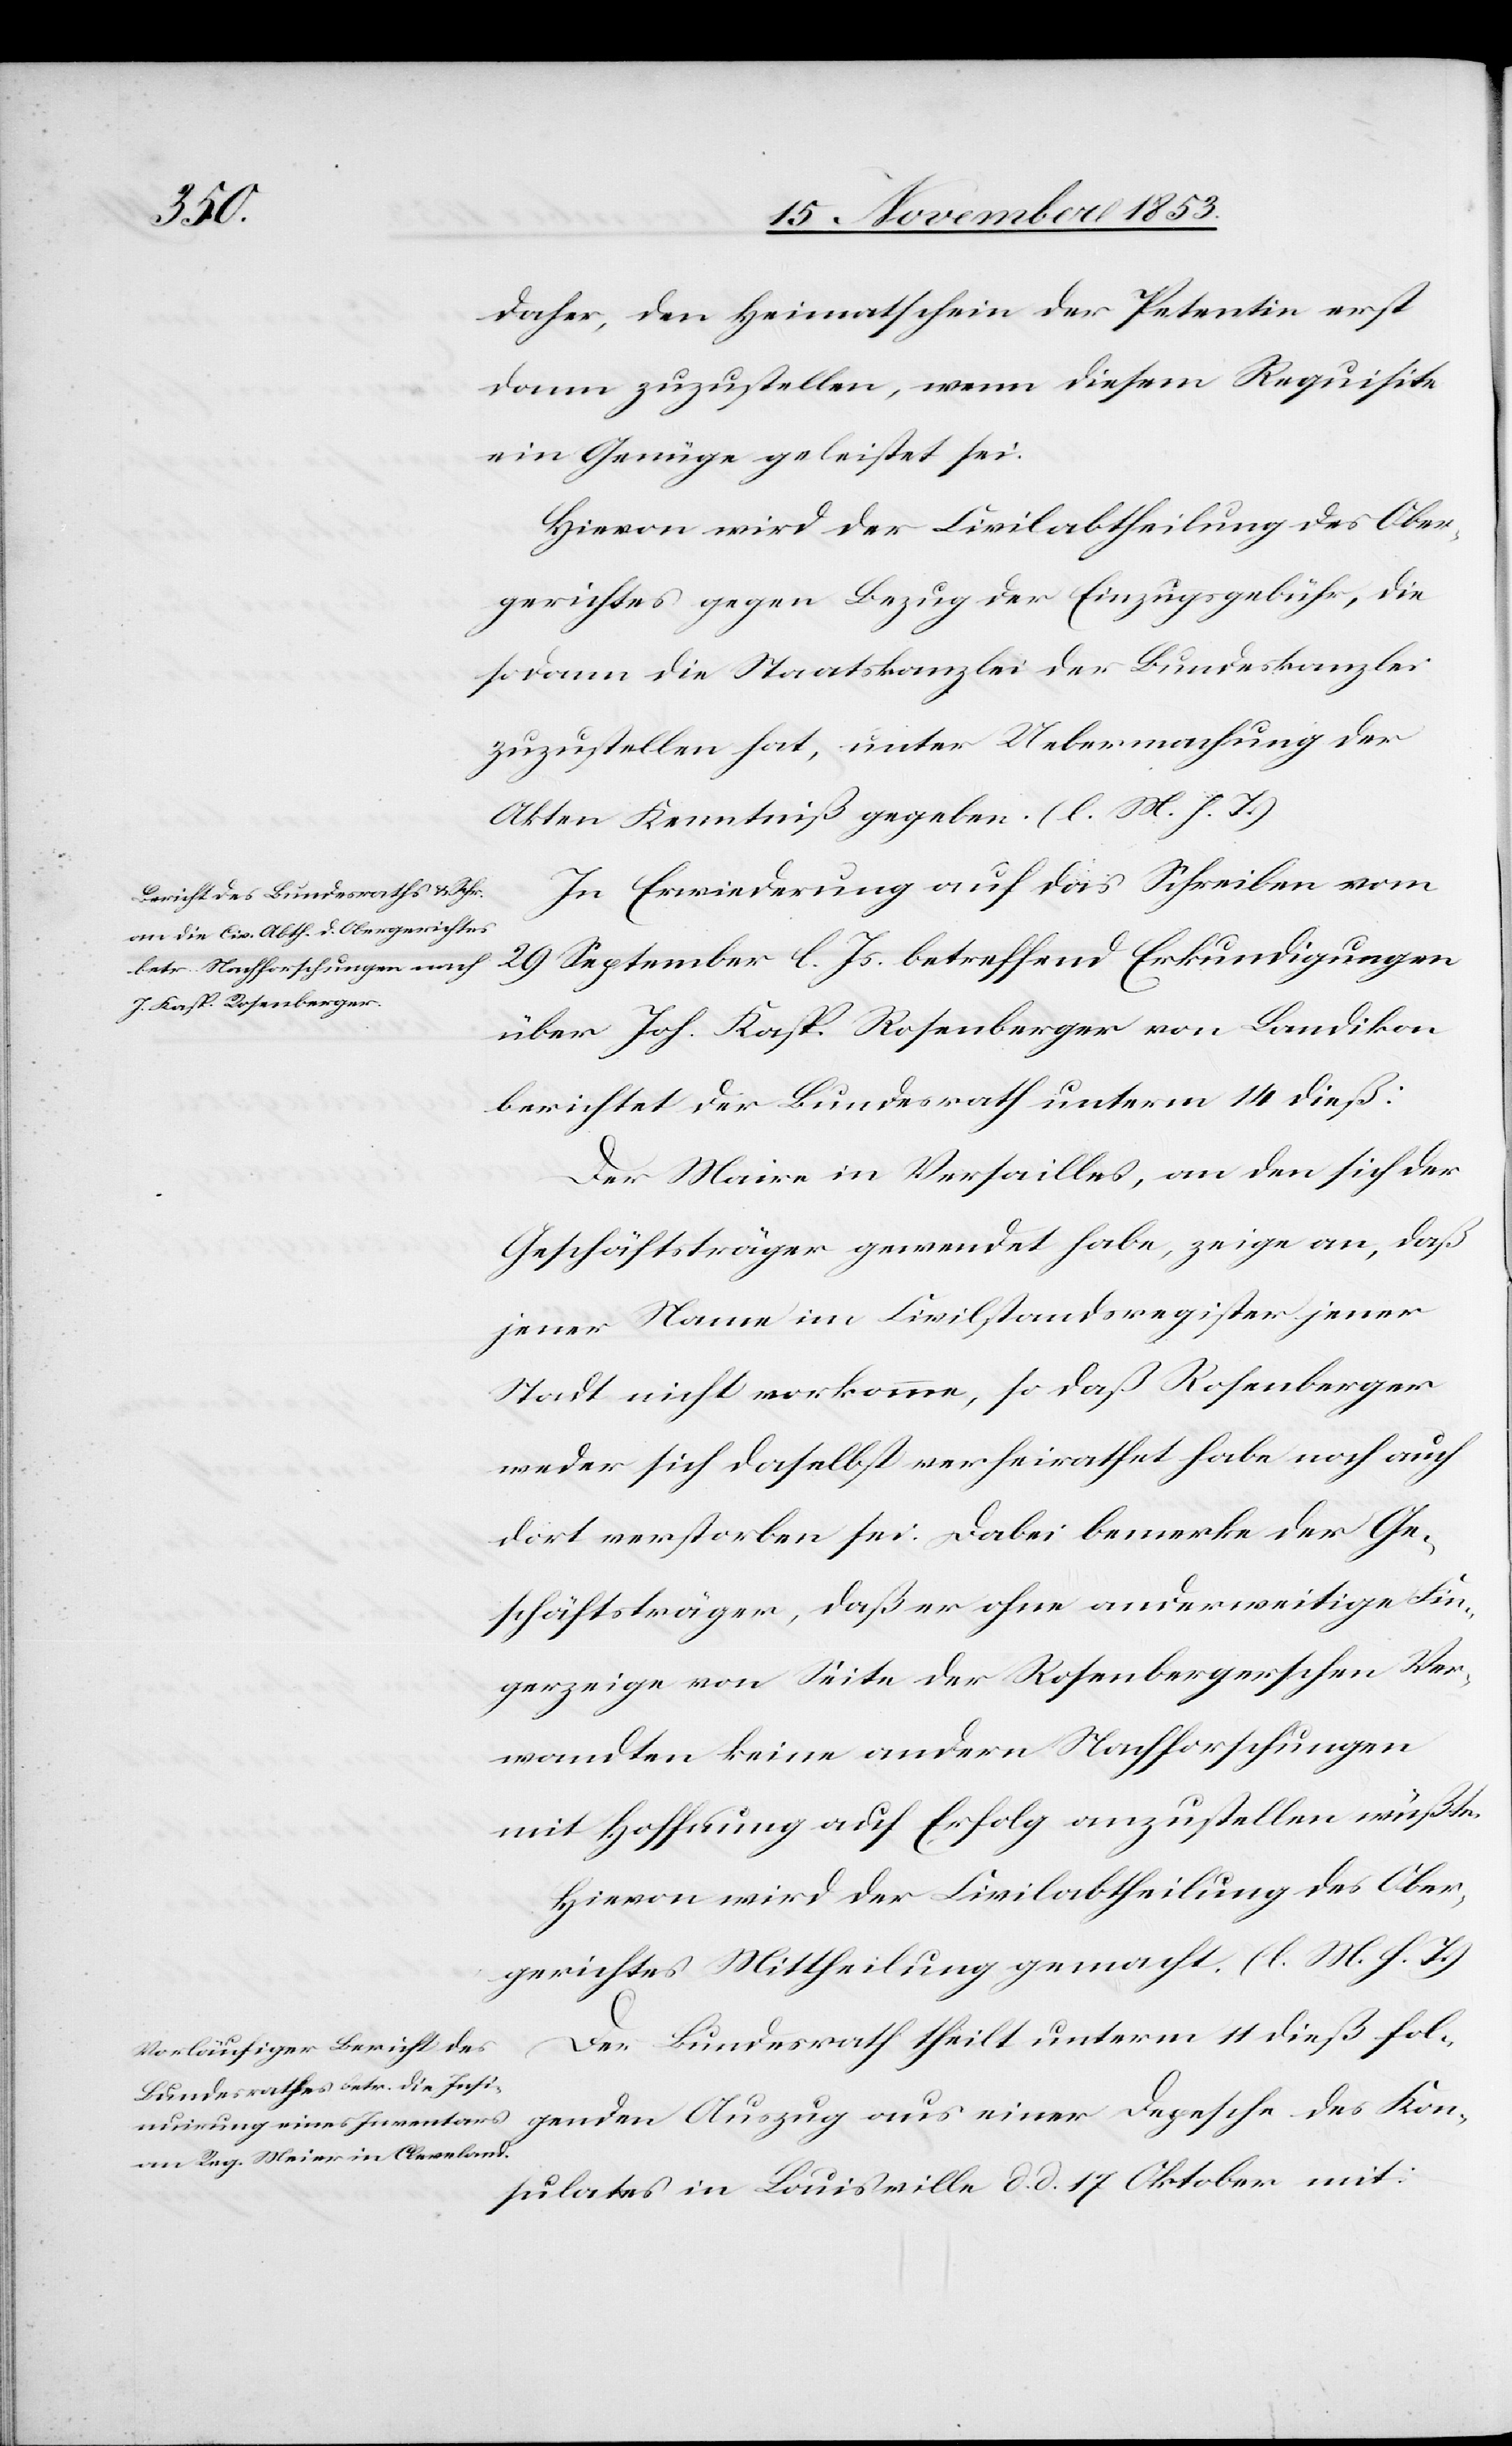
daher, den Heimatschein der Petentin erst
dann zuzustellen, wenn diesem Requisite
Genüge geleistet sei.
Hievon wird der Civilabtheilung des Ober¬
gerichtes gegen Bezug der Einzugsgebühr, die
sodann die Staatskanzlei der Bundeskanzlei
zuzustellen hat, unter Uebermachung der
Akten Kenntniß gegeben. [l. M. h. T]
In Erwiederung auf das Schreiben vom
29 September l. Js. betreffend Erkundigungen
über Joh. Kasp. Rosenberger von Landikon
berichtet der Bundesrath unterm 14 dieß:
Der Maire in Versailles, an den sich der
Geschäftsträger gewendet habe, zeige an, daß
jener Name im Civilstandsregister jener
Stadt nicht vorkomme, so daß Rosenberger
weder sich daselbst verheirathet habe noch auch
dort verstorben sei. Dabei bemerke der Ge¬
schäftsträger, daß er ohne anderweitige Fin¬
gerzeige von Seite der Rosenbergeschen Ver¬
wandten keine andern Nachforschungen
mit Hoffnung auf Erfolg anzustellen wüßte.
Hievon wird der Civilabtheilung des Ober¬
gerichtes Mittheilung gemacht. [l. M. h. T]
Der Bundesrath theilt unterm 11 dieß fol¬
genden Auszug aus einer Depesche des Kon¬
sulates in Louisville d. d. 17 Oktober mit: